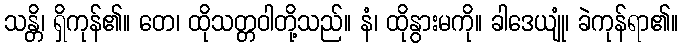
သန္တိ၊ ရှိကုန်၏။ တေ၊ ထိုသတ္တဝါတို့သည်။ နံ၊ ထိုနွားမကို။ ခါဒေယျုံ၊ ခဲကုန်ရာ၏။